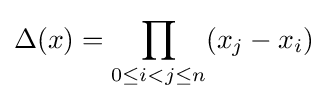
\Delta (x)=\prod _{0\leq i<j\leq n}(x_{j}-x_{i})